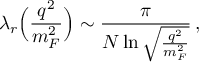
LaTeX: \lambda _ { r } \Bigl ( \frac { q ^ { 2 } } { m _ { F } ^ { 2 } } \Bigr ) \sim \frac { \pi } { N \ln \sqrt { \frac { q ^ { 2 } } { m _ { F } ^ { 2 } } } } \, ,